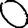
Digit: 0